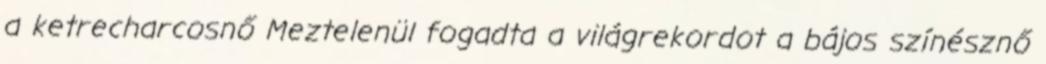
a ketrecharcosnő Meztelenül fogadta a világrekordot a bájos színésznő